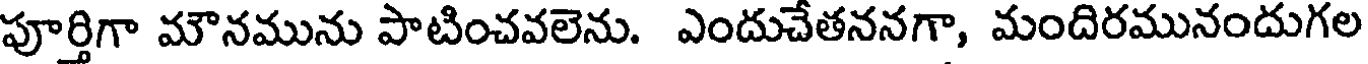
పూర్తిగా మౌనమును పాటించవలెను. ఎందుచేతననగా, మందిరమునందుగల